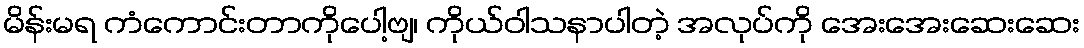
မိန်းမရ ကံကောင်းတာကိုပေါ့ဗျ၊ ကိုယ်ဝါသနာပါတဲ့ အလုပ်ကို အေးအေးဆေးဆေး